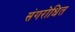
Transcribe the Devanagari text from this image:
संगरोधित